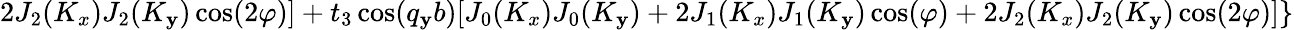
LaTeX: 2J_{2}(K_{x})J_{2}(K_{\mathbf{y}})\cos(2\varphi)]+t_{3}\cos(q_{\mathbf{y}}b)[J_{0}(K_{x})J_{0}(K_{\mathbf{y}})+2J_{1}(K_{x})J_{1}(K_{\mathbf{y}})\cos(\varphi)+2J_{2}(K_{x})J_{2}(K_{\mathbf{y}})\cos(2\varphi)]\}